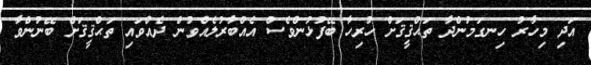
އަދި މިހާރު ހިނގަމުންދާ ތަޙްޤީޤަށް ހުރިހާ ބޭފުޅުންވެސް އެއްބާރުލެއްވުން ދެއްވައި ތަޙްޤީޤަށް ބޭނުންވާ